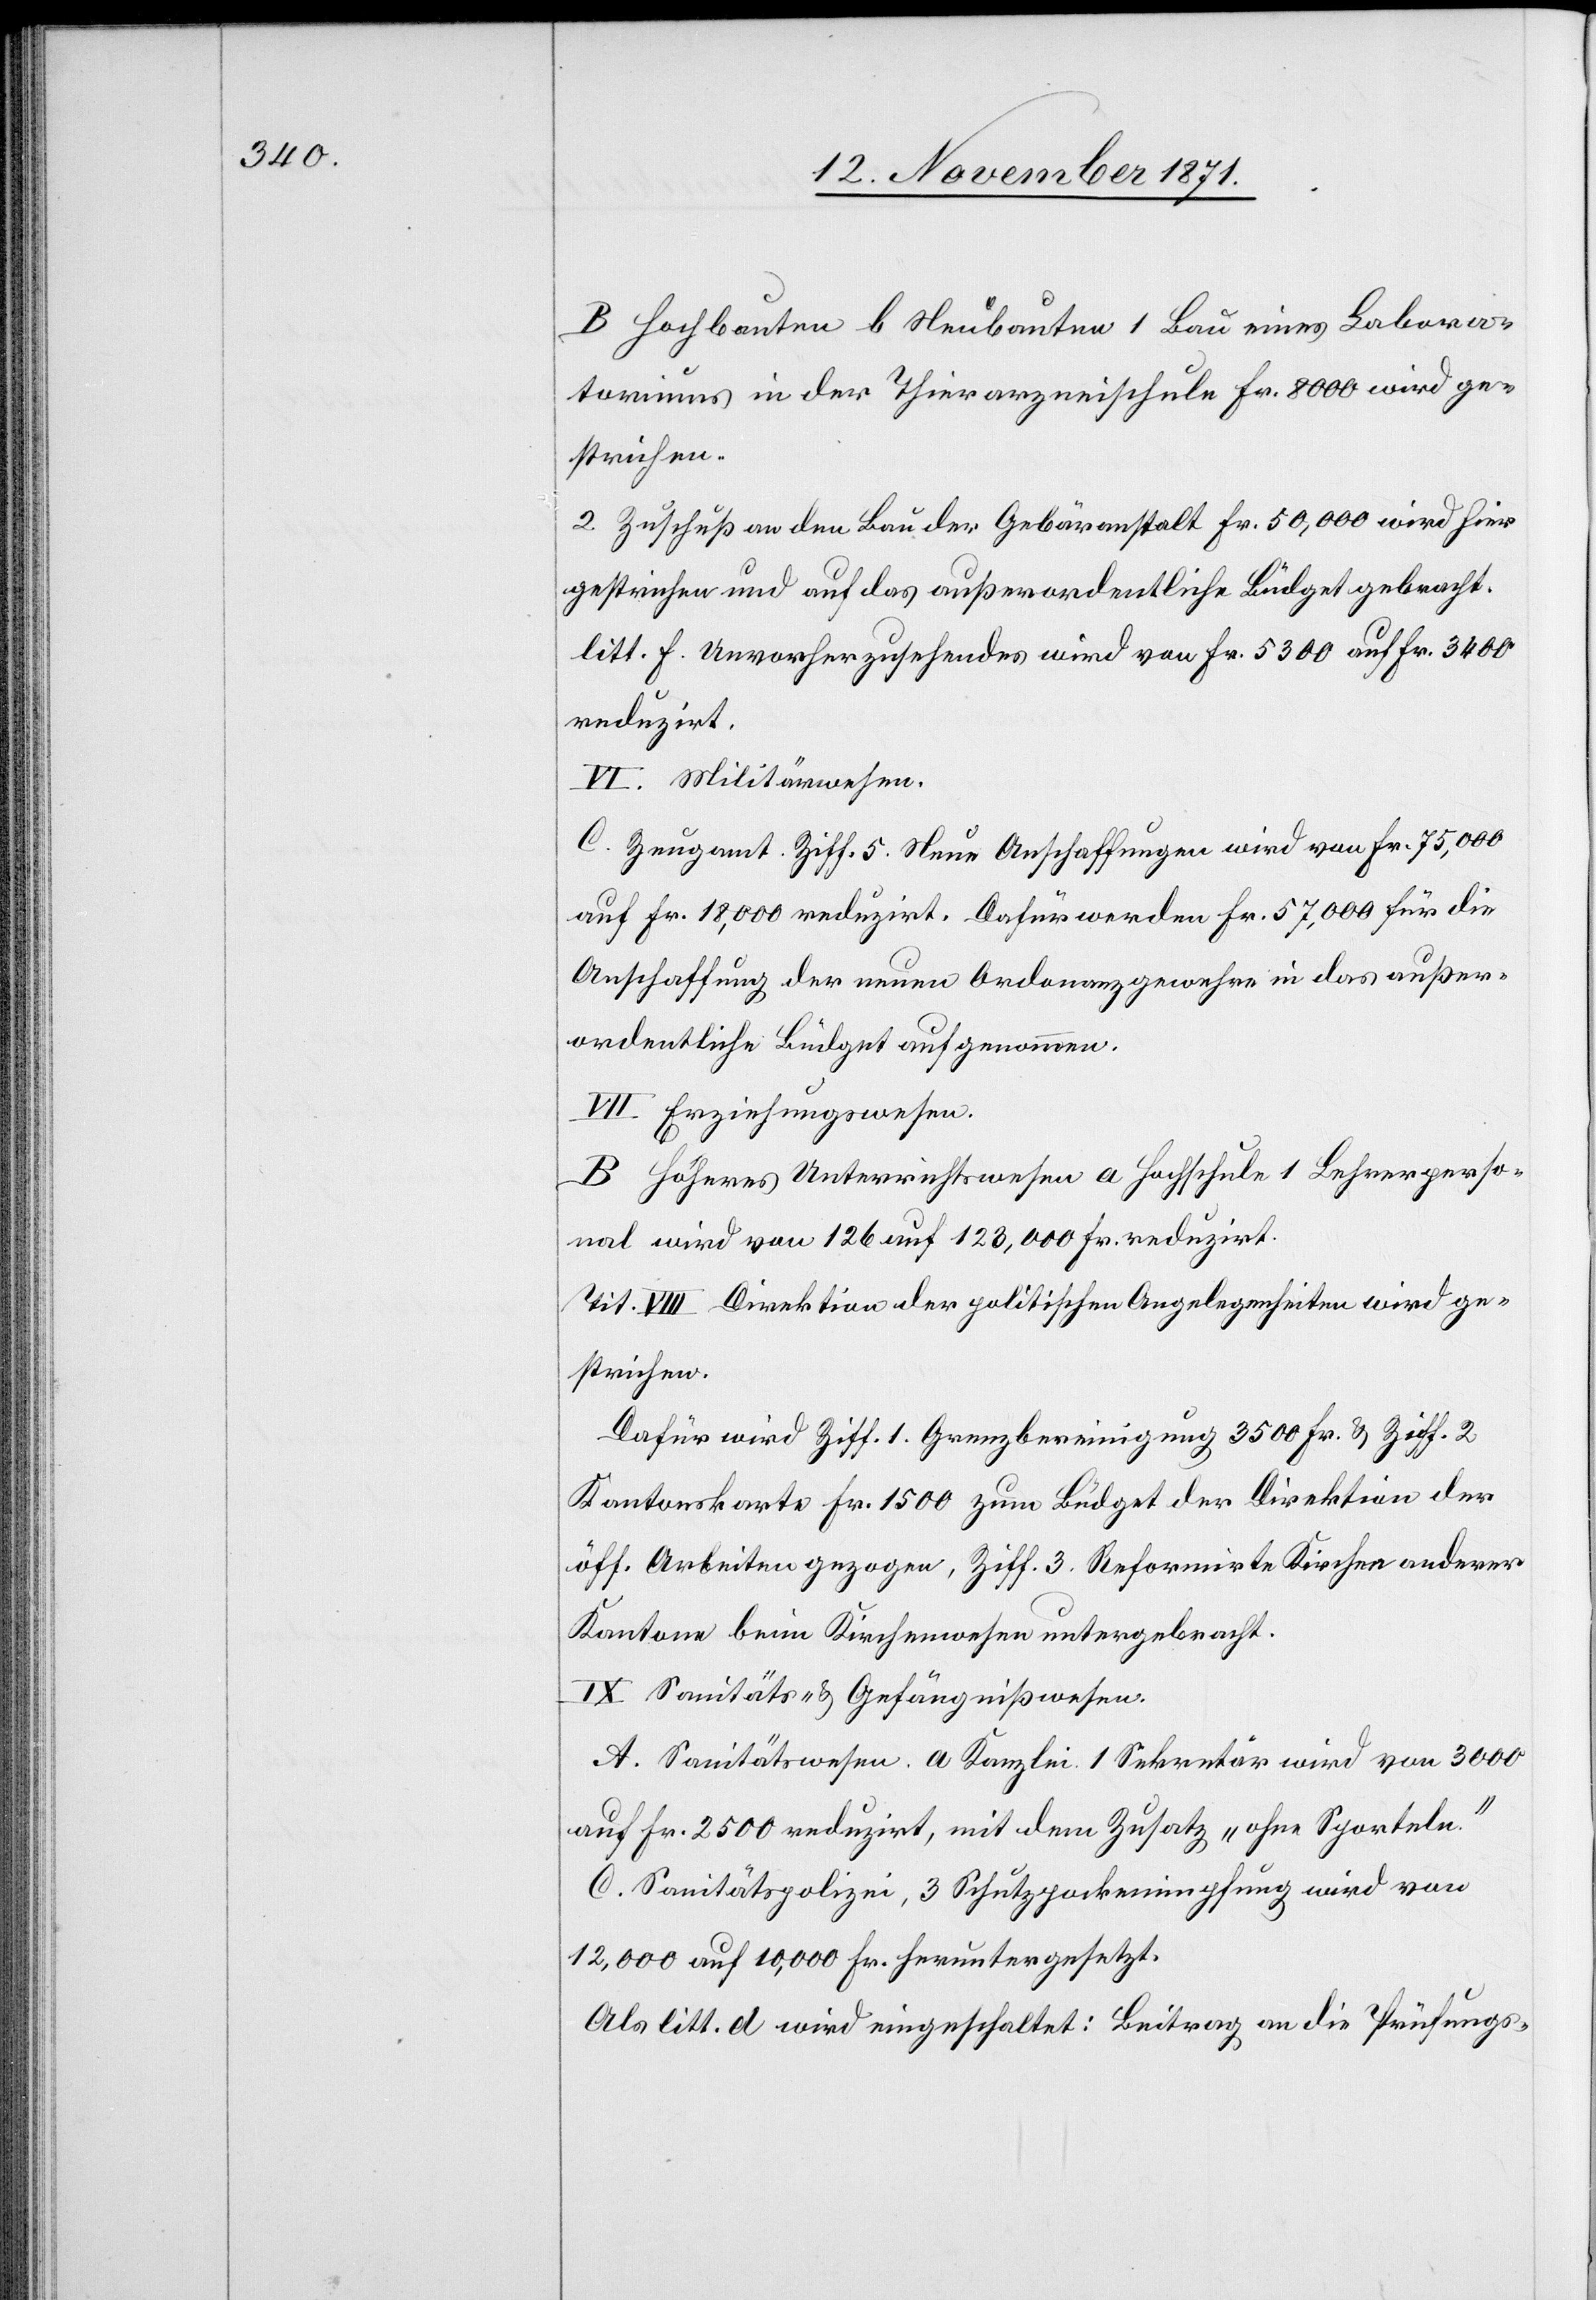
B Hochbauten b Neubauten 1 Bau eines Labora¬
toriums in der Thierarzneischule Fr. 8000 wird ge¬
strichen.
2. Zuschuß an den Bau der Gebäranstalt Fr. 50,000 wird hier
gestrichen und auf das außerordentliche Büdget gebracht.
litt. f. Unvorherzusehendes wird von Fr. 5300 auf Fr. 3400
reduzirt.
VI. Militärwesen.
C. Zeugamt. Ziff. 5. Neue Anschaffungen wird von Fr. 75,000
auf Fr. 18,000 reduzirt. Dafür werden Fr. 57,000 für die
Anschaffung der neuen Ordonanzgewehre in das außer¬
ordentliche Büdget aufgenommen.
VII. Erziehungswesen.
B. Höheres Unterrichtswesen a Hochschule 1 Lehrerperso¬
nal wird von 126 auf 123,000 Fr. reduzirt.
Tit. VIII Direktion der politischen Angelegenheiten wird ge¬
strichen.
Dafür wird Ziff. 1. Grenzbereinigung 3500 Fr. & Ziff. 2
Kantonskarte Fr. 1500 zum Büdget der Direktion der
öff. Arbeiten gezogen, Ziff. 3. Reformirte Kirchen anderer
Kantone beim Kirchenwesen untergebracht.
IX. Sanitäts- & Gefängnißwesen.
A. Sanitätswesen. a Kanzlei. 1 Sekretär wird von 3000
auf Fr. 2500 reduzirt, mit dem Zusatz „ohne Sporteln.“
C. Sanitätspolizei, 3 Schutzpockenimpfung wird von
12,000 auf 10,000 Fr. heruntergesetzt.
Als litt. d wird eingeschaltet: Beitrag an die Prüfungs-